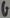
Text: G